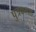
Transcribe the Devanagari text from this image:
पुत्रकलश